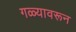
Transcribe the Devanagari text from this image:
गळ्यावरून